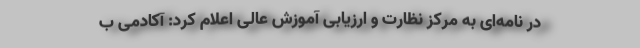
در نامه‌ای به مرکز نظارت و ارزیابی آموزش عالی اعلام کرد: آکادمی ب